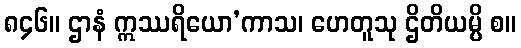
၈၄၆။ ဌာနံ ဣဿရိယော’ကာသ၊ ဟေတူသု ဌိတိယမ္ပိ စ။